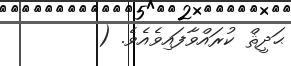
ޙަދީޘް ކުރައްވާފައިވެއެވެ. (